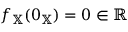
f _ { \mathbb { X } } ( 0 _ { \mathbb { X } } ) = 0 \in \mathbb { R }